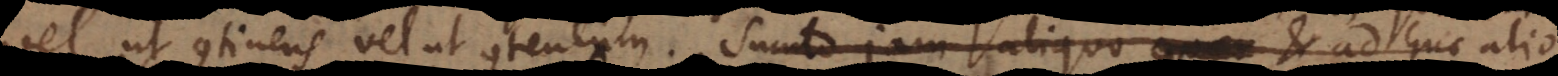
vel ut continens vel ut contentum. Sumto jam aliquo et adhuc alio